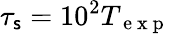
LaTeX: \tau_{\mathsf{s}}=10^{2}T_{\mathrm{{~e~x~p~}}}